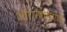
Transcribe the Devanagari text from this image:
आगरवायंगणी